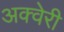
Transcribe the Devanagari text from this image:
अक्वेरी